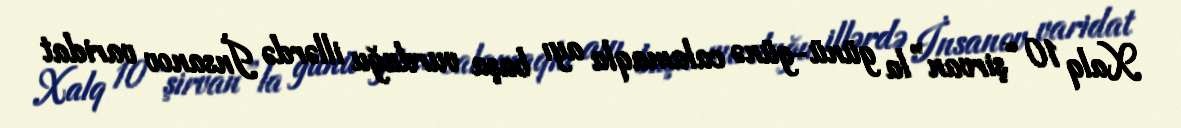
Xalq 10 “şirvan”la günü-günə calamaqla ayı başa vurduğu illərdə İnsanov varidat